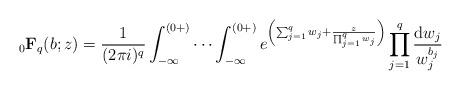
LaTeX: \begin{align*} {}_0\mathbf{F}_q(b;z)=\frac{1}{(2\pi i)^q} \int_{-\infty}^{(0+)}\cdots \int_{-\infty}^{(0+)} e^{\left(\sum_{j=1}^q w_j+\frac{z}{\prod_{j=1}^q w_j}\right)}\prod_{j=1}^q \frac{{\rm d}w_j}{w_j^{b_j}} \end{align*}